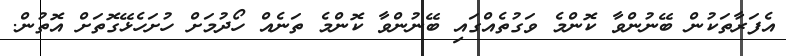
އެފަރާތަކުން ބޭނުންވާ ކޮންމެ ވަގުތެއްގައި ބޭނުންވާ ކޮންމެ ތަނެއް ހޯދުމަށް ހުށަހެޅޭގޮތަށް އޮތުން.